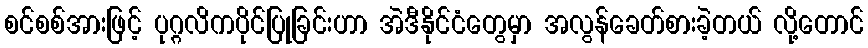
စင်စစ်အားဖြင့် ပုဂ္ဂလိကပိုင်ပြုခြင်းဟာ အဲဒီနိုင်ငံတွေမှာ အလွန်ခေတ်စားခဲ့တယ် လို့တောင်